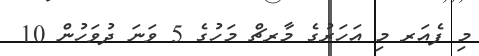
މި ފެއަރ މި އަހަރުގެ މާރޗް މަހުގެ 5 ވަނަ ދުވަހުން 10